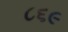
૮૬૯